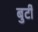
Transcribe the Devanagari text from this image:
बुर्टी